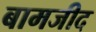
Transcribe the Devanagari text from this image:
बामजीद